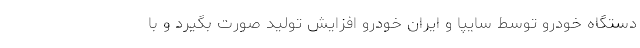
دستگاه خودرو توسط سایپا و ایران خودرو افزایش تولید صورت بگیرد و با